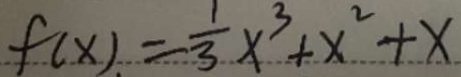
f ( x ) = \frac { 1 } { 3 } x ^ { 3 } + x ^ { 2 } + x